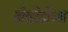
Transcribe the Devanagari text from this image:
डीव्हीडींच्या